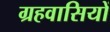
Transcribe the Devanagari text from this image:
ग्रहवासियों